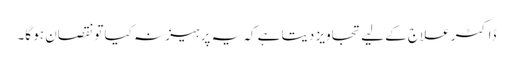
ڈاکٹر علاج کے لیے تجاویز دیتا ہے کہ یہ پرہیز نہ کیا تو نقصان ہو گا۔